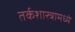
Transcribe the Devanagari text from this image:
तर्कशास्त्रामध्ये